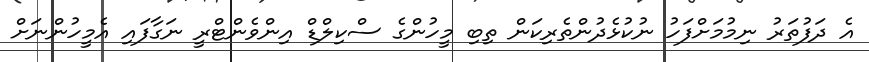
އެ ދަފުތަރު ނިމުމަށްފަހު ނުކުޅެދުންތެރިކަން ތިބި މީހުންގެ ސްކިލްޑް އިންވެންޓްރީ ނަގާފައި އެމީހުންނަށް